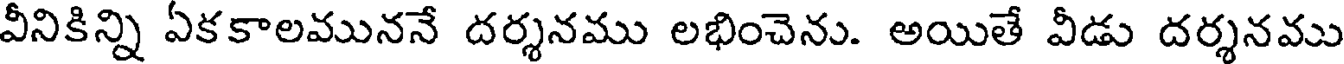
వీనికిన్ని ఏకకాలముననే దర్శనము లభించెను. అయితే వీడు దర్శనము